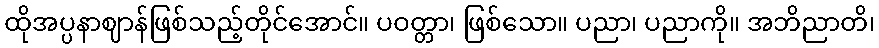
ထိုအပ္ပနာဈာန်ဖြစ်သည့်တိုင်အောင်။ ပဝတ္တာ၊ ဖြစ်သော။ ပညာ၊ ပညာကို။ အဘိညာတိ၊